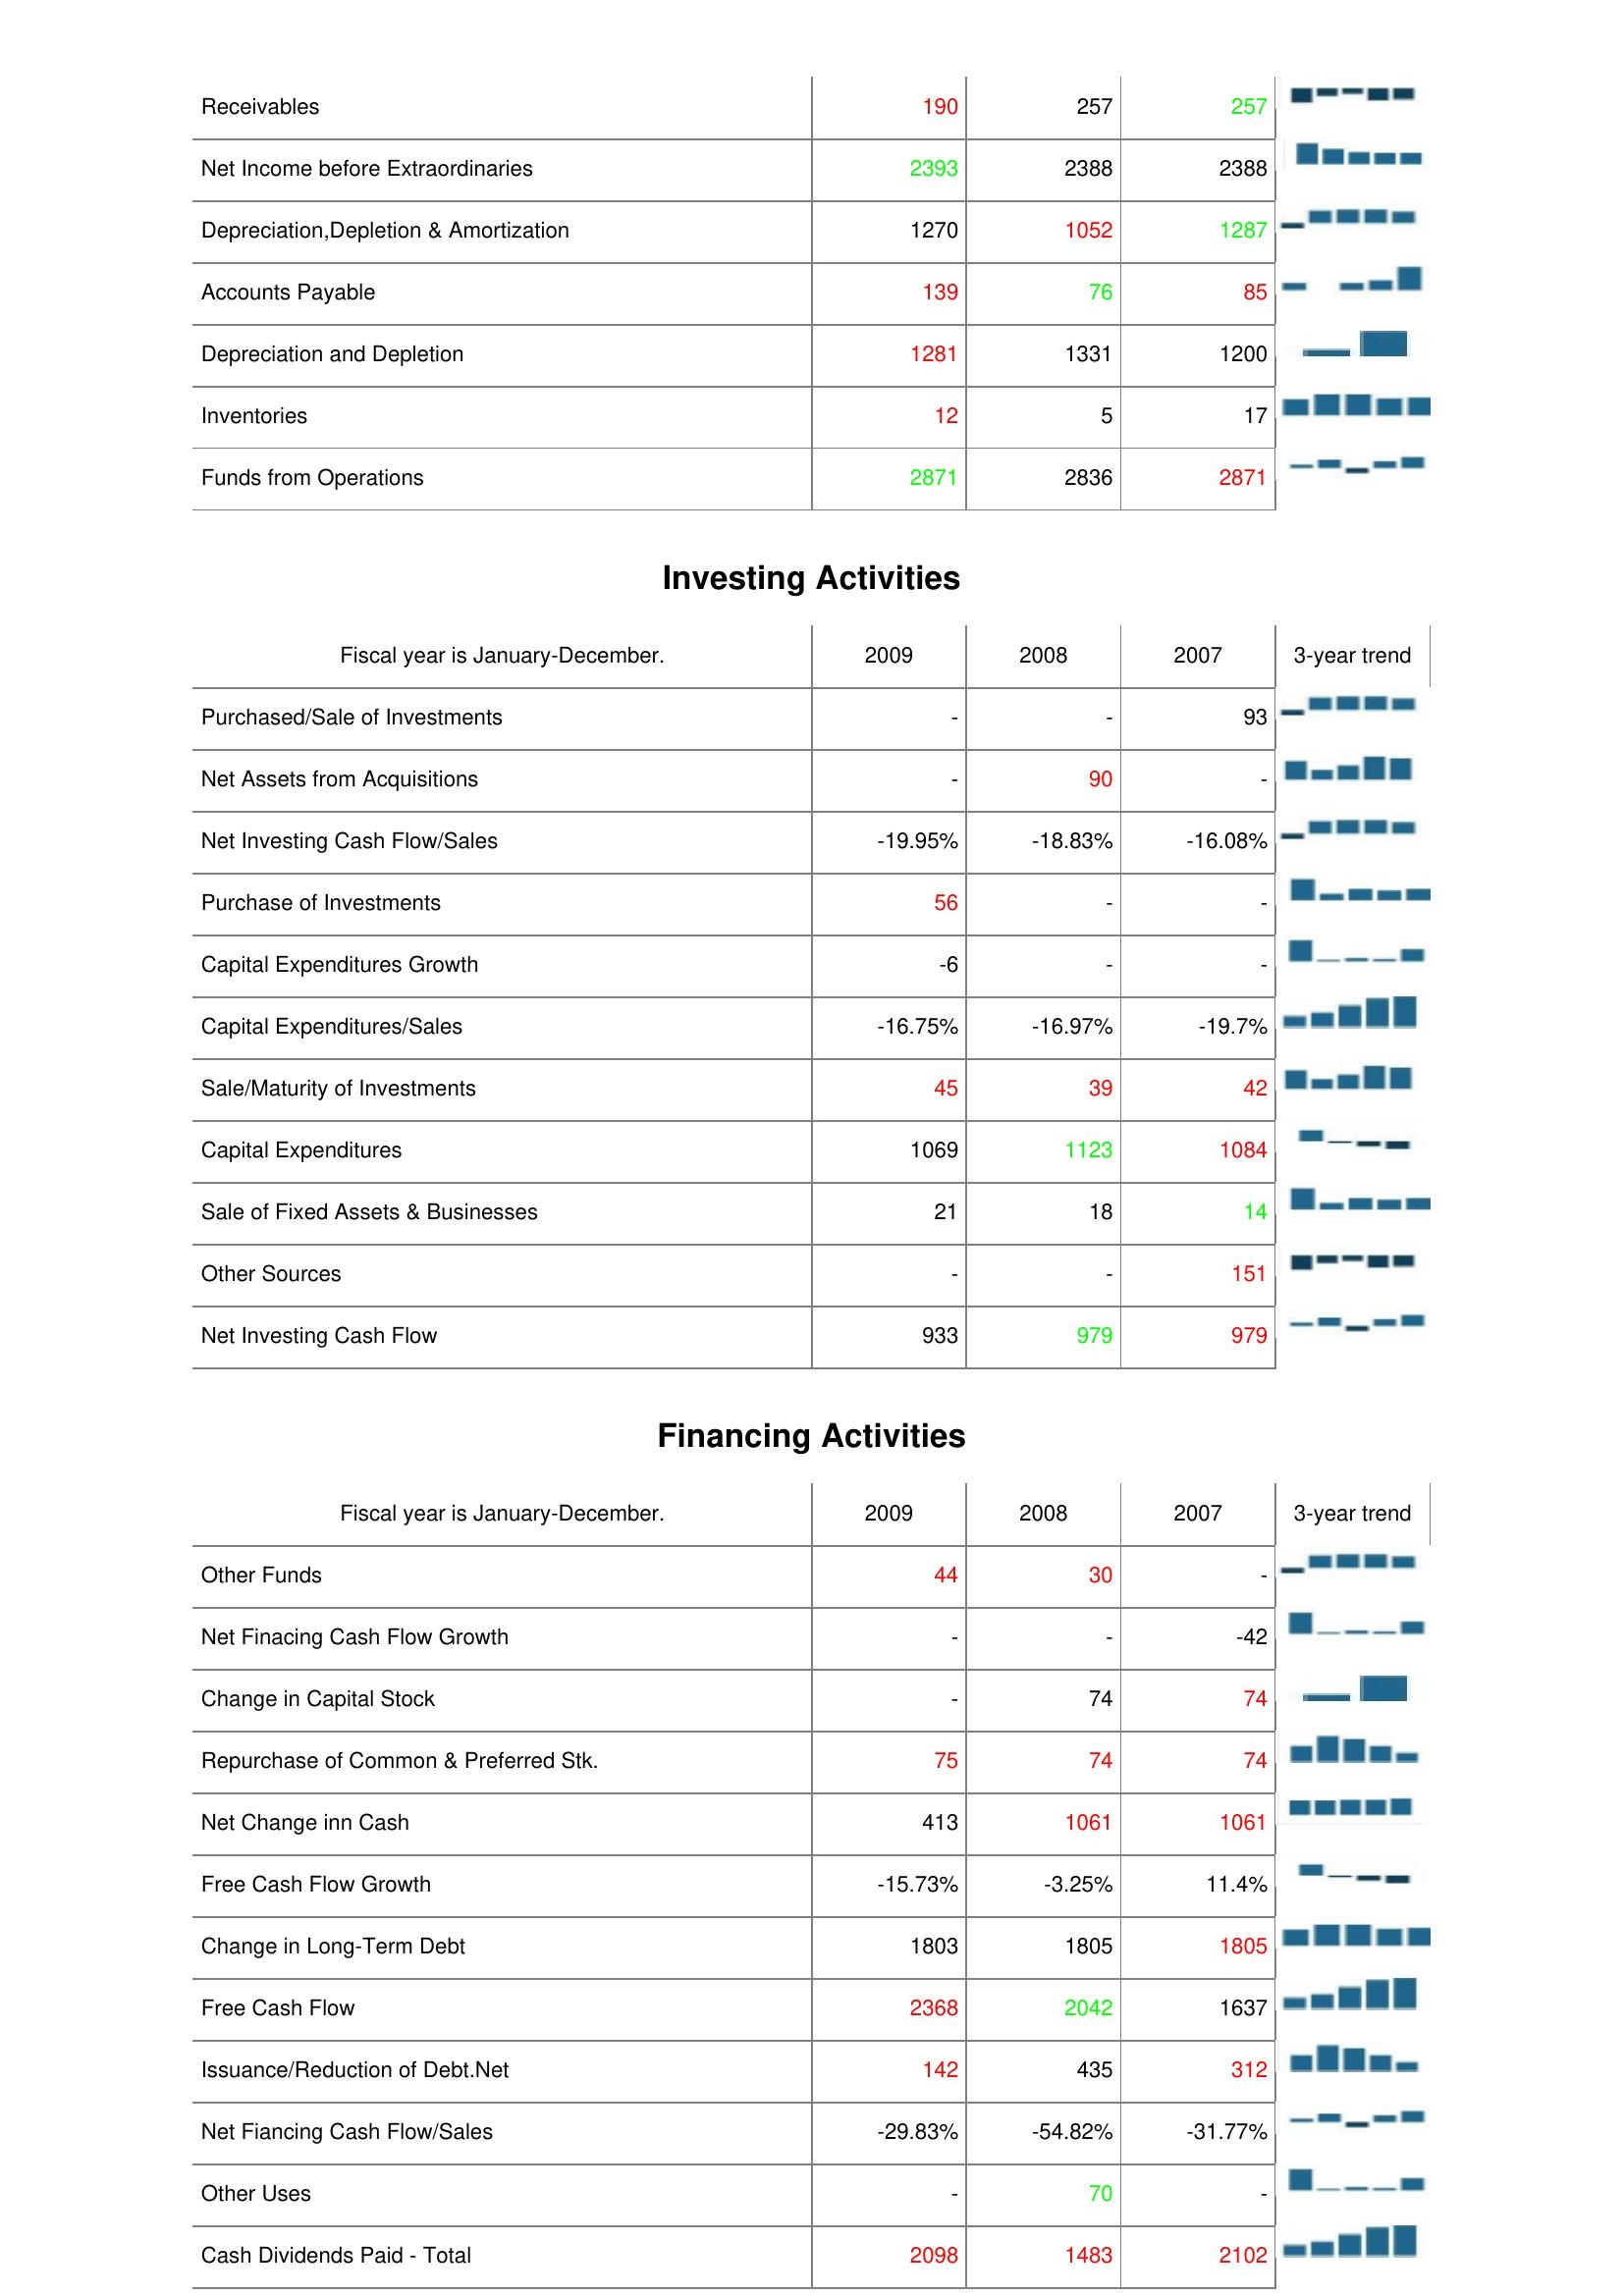
2009: Operating Activities: Receivables: 190
Net Income before Extraordinaries: 2393
Depreciation,Depletion & Amortization: 1270
Accounts Payable: 139
Depreciation and Depletion: 1281
Inventories: 12
Funds from Operations: 2871
Investing Activities: Purchased/Sale of Investments: -
Net Assets from Acquisitions: -
Net Investing Cash Flow/Sales: -19.95%
Purchase of Investments: 56
Capital Expenditures Growth: -6
Capital Expenditures/Sales: -16.75%
Sale/Maturity of Investments: 45
Capital Expenditures: 1069
Sale of Fixed Assets & Businesses: 21
Other Sources: -
Net Investing Cash Flow: 933
Financing Activities: Other Funds: 44
Net Finacing Cash Flow Growth: -
Change in Capital Stock: -
Repurchase of Common & Preferred Stk.: 75
Net Change inn Cash: 413
Free Cash Flow Growth: -15.73%
Change in Long-Term Debt: 1803
Free Cash Flow: 2368
Issuance/Reduction of Debt.Net: 142
Net Fiancing Cash Flow/Sales: -29.83%
Other Uses: -
Cash Dividends Paid - Total: 2098
2008: Operating Activities: Receivables: 257
Net Income before Extraordinaries: 2388
Depreciation,Depletion & Amortization: 1052
Accounts Payable: 76
Depreciation and Depletion: 1331
Inventories: 5
Funds from Operations: 2836
Investing Activities: Purchased/Sale of Investments: -
Net Assets from Acquisitions: 90
Net Investing Cash Flow/Sales: -18.83%
Purchase of Investments: -
Capital Expenditures Growth: -
Capital Expenditures/Sales: -16.97%
Sale/Maturity of Investments: 39
Capital Expenditures: 1123
Sale of Fixed Assets & Businesses: 18
Other Sources: -
Net Investing Cash Flow: 979
Financing Activities: Other Funds: 30
Net Finacing Cash Flow Growth: -
Change in Capital Stock: 74
Repurchase of Common & Preferred Stk.: 74
Net Change inn Cash: 1061
Free Cash Flow Growth: -3.25%
Change in Long-Term Debt: 1805
Free Cash Flow: 2042
Issuance/Reduction of Debt.Net: 435
Net Fiancing Cash Flow/Sales: -54.82%
Other Uses: 70
Cash Dividends Paid - Total: 1483
2007: Operating Activities: Receivables: 257
Net Income before Extraordinaries: 2388
Depreciation,Depletion & Amortization: 1287
Accounts Payable: 85
Depreciation and Depletion: 1200
Inventories: 17
Funds from Operations: 2871
Investing Activities: Purchased/Sale of Investments: 93
Net Assets from Acquisitions: -
Net Investing Cash Flow/Sales: -16.08%
Purchase of Investments: -
Capital Expenditures Growth: -
Capital Expenditures/Sales: -19.7%
Sale/Maturity of Investments: 42
Capital Expenditures: 1084
Sale of Fixed Assets & Businesses: 14
Other Sources: 151
Net Investing Cash Flow: 979
Financing Activities: Other Funds: -
Net Finacing Cash Flow Growth: -42
Change in Capital Stock: 74
Repurchase of Common & Preferred Stk.: 74
Net Change inn Cash: 1061
Free Cash Flow Growth: 11.4%
Change in Long-Term Debt: 1805
Free Cash Flow: 1637
Issuance/Reduction of Debt.Net: 312
Net Fiancing Cash Flow/Sales: -31.77%
Other Uses: -
Cash Dividends Paid - Total: 2102